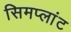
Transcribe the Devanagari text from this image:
सिमप्लांट